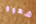
شهوة